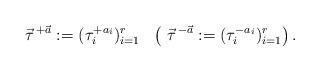
LaTeX: \begin{align*} \vec{\tau}^{\,+\vec{a}} := (\tau_i^{+ a_i})_{i=1}^r \ \ \left( \ \vec{\tau}^{\,-\vec{a}} := (\tau_i^{- a_i})_{i=1}^r\right).\end{align*}